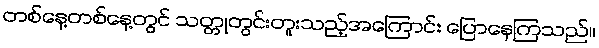
တစ်နေ့တစ်နေ့တွင် သတ္တုတွင်းတူးသည့်အကြောင်း ပြောနေကြသည်။